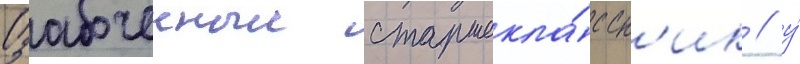
Озабоченныи старшекла́ссн'ик / у́